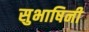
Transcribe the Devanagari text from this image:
सुभाषिनी